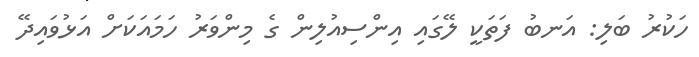
ހަކުރު ބަލި: އަނބު ފަތަކީ ލޭގައި އިންސިއުލިން ގެ މިންވަރު ހަމައަކަށް އަޅުވައިދޭ